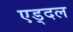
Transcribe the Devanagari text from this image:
एड्दल